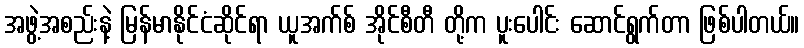
အဖွဲ့အစည်းနဲ့ မြန်မာနိုင်ငံဆိုင်ရာ ယူအက်စ် အိုင်စီတီ တို့က ပူးပေါင်း ဆောင်ရွက်တာ ဖြစ်ပါတယ်။